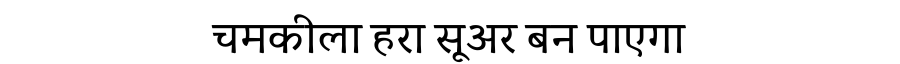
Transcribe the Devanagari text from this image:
चमकीला हरा सूअर बन पाएगा